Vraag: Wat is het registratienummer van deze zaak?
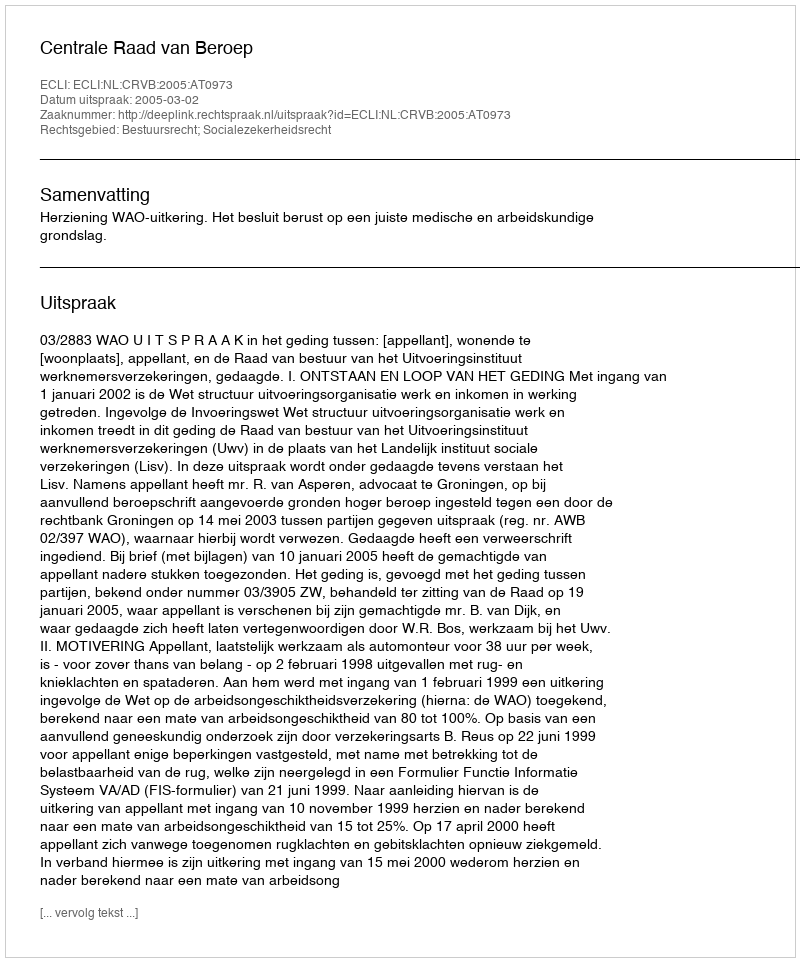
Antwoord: http://deeplink.rechtspraak.nl/uitspraak?id=ECLI:NL:CRVB:2005:AT0973